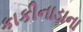
કાકીનાડાના